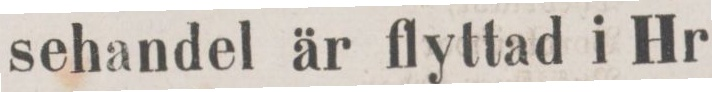
sehandel är flyttad i Hr